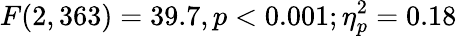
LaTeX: F(2,363)=39.7,p<0.001;\eta_{p}^{2}=0.18